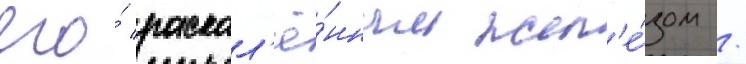
его́ раскал'ё́нным жел'е́зом /